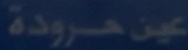
عين-مرودة